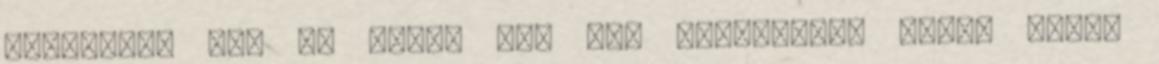
aspektusa na, de innen már nem folytatom. Eddig saját